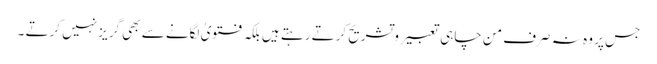
جس پر وہ نہ صرف من چاہی تعبیر و تشریح کرتے رہتے ہیں بلکہ فتویٰ لگانے سے بھی گریز نہیں کرتے ۔